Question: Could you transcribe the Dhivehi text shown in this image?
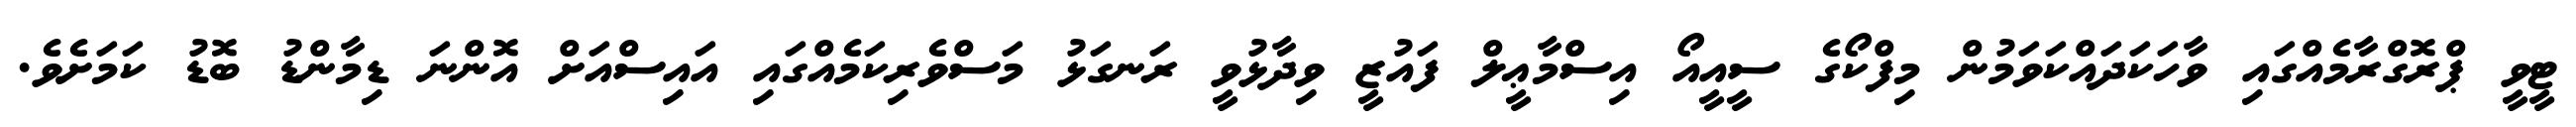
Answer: ޓީވީ ޕްރޮގްރާމެއްގައި ވާހަކަދައްކަވަމުން މިފްކޯގެ ސީއީއޯ އިސްމާޢީލް ފައުޒީ ވިދާޅުވީ ރަނގަޅު މަސްވެރިކަމެއްގައި އައިސްއަށް އޮންނަ ޑިމާންޑު ބޮޑު ކަމަށެވެ.